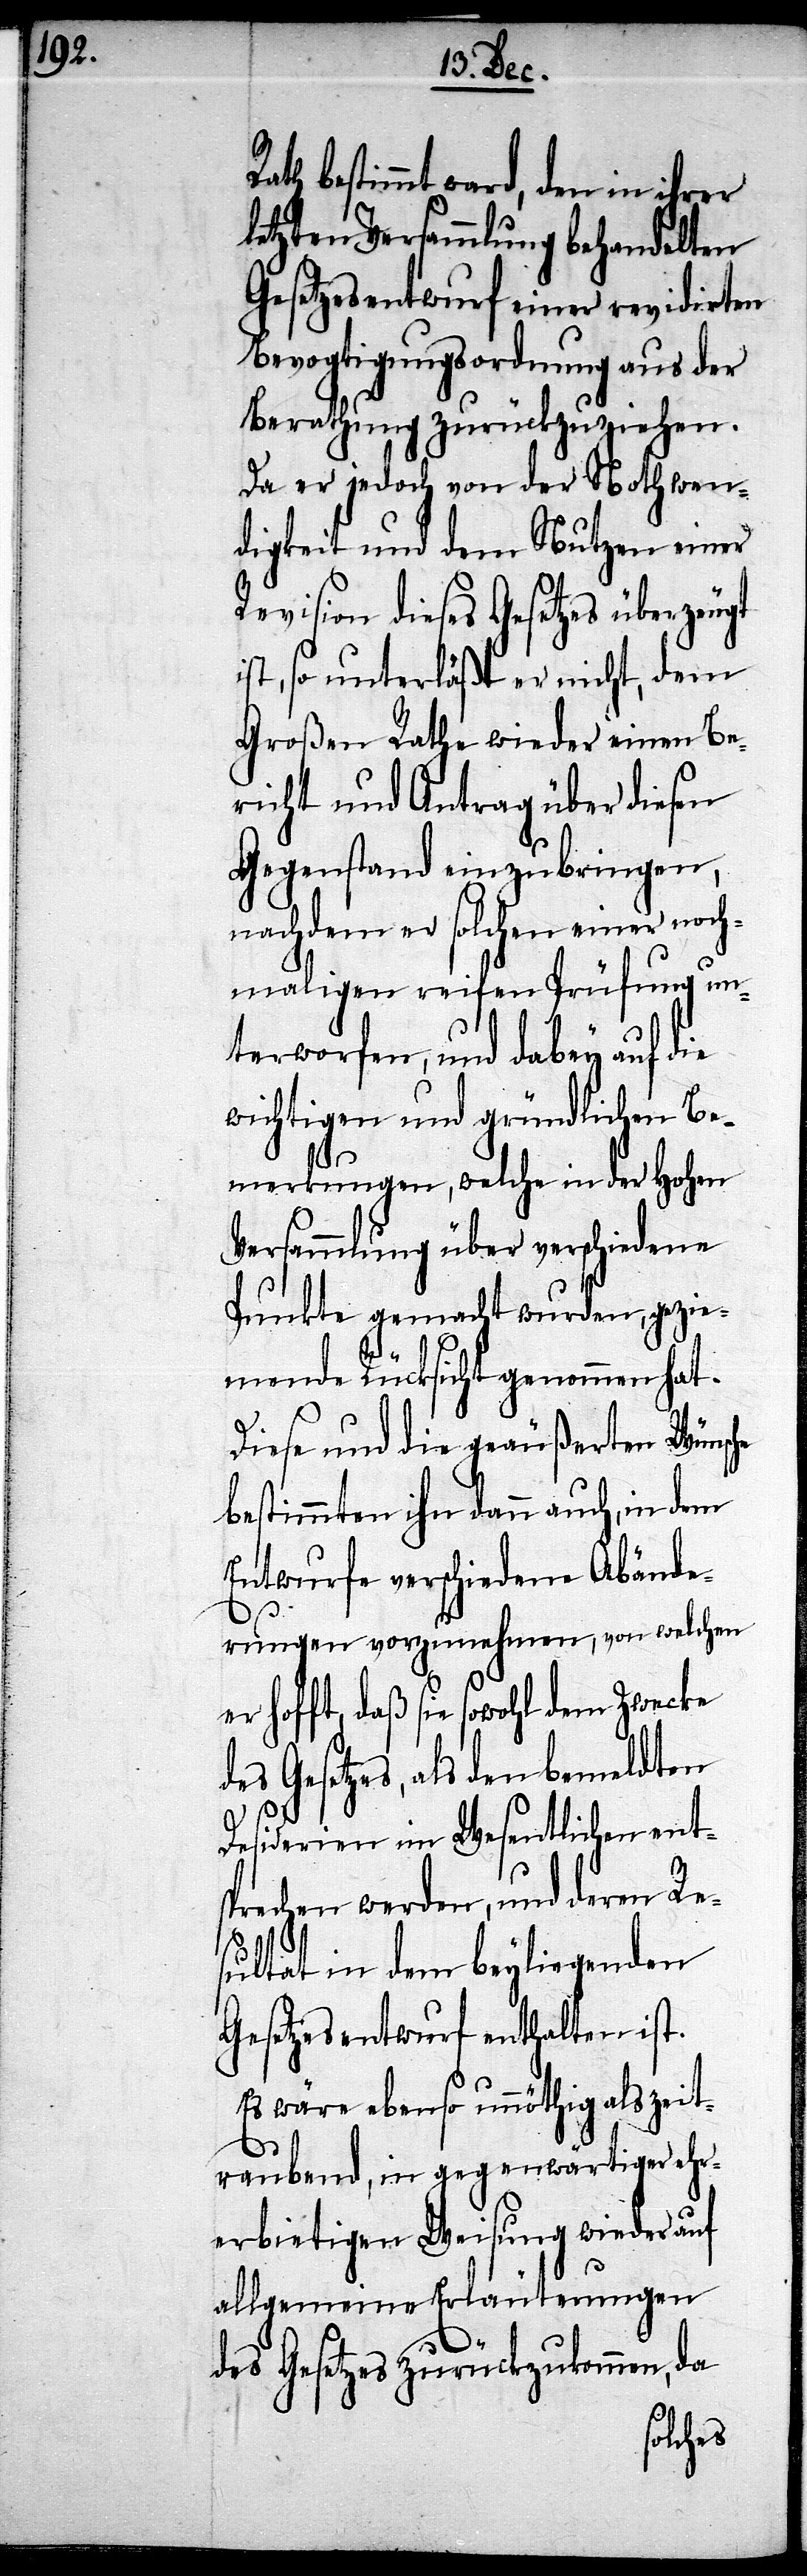
R¬

ath bestimmt ward, den in ihrer
letzten Versammlung behandelten
Gesetzesentwurf einer revidirten
Bevogtigungsordnung aus der
Berathung zurückzuziehen.
Da er jedoch von der Nothwen¬
digkeit und dem Nutzen einer
Revision dieses Gesetzes überzeugt
ist, so unterläßt er nicht, dem
Großen Rathe wieder einen Be¬
richt und Antrag über diesen
Gegenstand einzubringen,
nachdem er solchen einer noch¬
maligen reifen Prüfung un¬
terworfen, und dabey auf die
wichtigen und gründlichen Be¬
merkungen, welche in der Hohen
Versammlung über verschiedene
Punkte gemacht wurden, gezie¬
mende Rücksicht genommen hat.
Diese und die geäußerten Wünsche
bestimmten ihn dann auch, in dem
Entwurfe verschiedene Abände¬
rungen vorzunehmen, von welchen
er hofft, daß sie sowohl dem Zwecke
Gesetzes, als den bemeldten
Desiderien im Wesentlichen ents¬
prechen werden, und deren Re¬
sultat in dem beyliegenden
Gesetzesentwurf enthalten ist.
Es wäre ebenso unnöthig als zeit¬
raubend, in gegenwärtiger ehr¬
erbietigen Weisung wieder auf
allgemeine Erläuterungen
des Gesetzes zurückzukommen, da